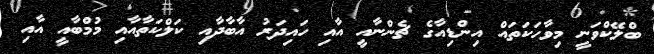
ބްލޭކްވަނީ މިވާހަކަތައް އިންޑިއާގެ ޗެންނާއީ އާއި ހައިދަރު އާބާދާއި ކަލްކަތާއާއި މުމްބާއީ އާއި